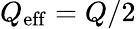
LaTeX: Q_{\mathrm{eff}}=Q/2